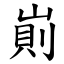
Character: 崱